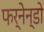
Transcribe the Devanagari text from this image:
फर्नेन्डो